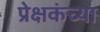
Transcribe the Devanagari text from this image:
प्रेक्षकंच्या